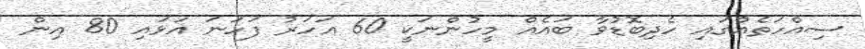
ސިއްހަތެއްގައި ހެދިބޮޑުވާ ބައެއް މީހުންނަކީ 60 އަހަރު ފަހަނަ އަޅައި 80 އިން